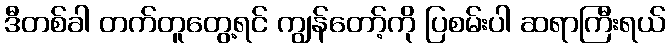
ဒီတစ်ခါ တက်တူတွေ့ရင် ကျွန်တော့်ကို ပြစမ်းပါ ဆရာကြီးရယ်